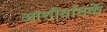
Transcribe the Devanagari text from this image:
आशीर्वादके